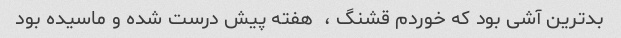
بدترین آشی بود که خوردم قشنگ ،  هفته پیش درست شده و ماسیده بود